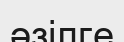
әзілге